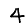
Digit: 4